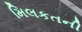
મિલકતની